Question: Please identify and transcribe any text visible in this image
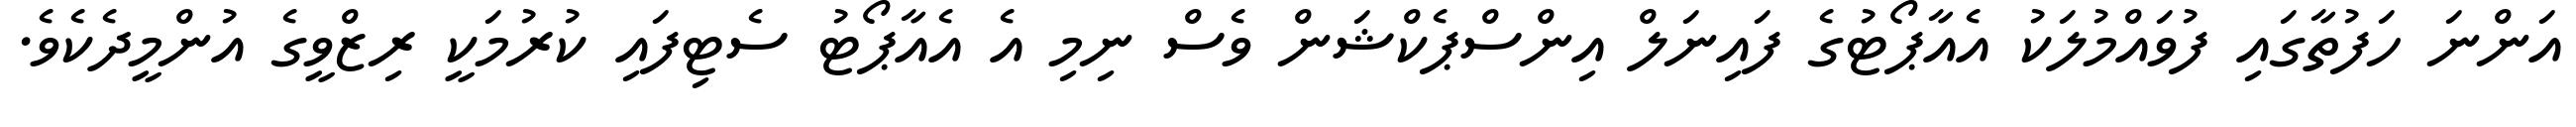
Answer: އަންނަ ހަފުތާގައި ފުވައްމުލަކު އެއާޕޯޓުގެ ފައިނަލް އިންސްޕެކްޝަން ވެސް ނިމި އެ އެއާޕޯޓު ސެޓިފައި ކުރުމަކީ ރިޒްވީގެ އުންމީދެކެވެ.